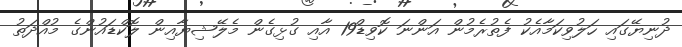
ދުނިޔޭގައި ހަލުވިކަމާއެކު ފެތުރެމުން އަންނަ ކޮވިޑް19 އާއި ގުޅިގެން މެލޭޝިޔާއިން ލޮކްޑައުންގެ މުއްދަތު